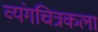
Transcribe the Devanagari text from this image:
व्यंगचित्रकला